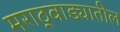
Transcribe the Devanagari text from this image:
मराठ्वाड्यातील